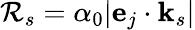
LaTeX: {\cal\mathcal{R}}_{s}=\alpha_{0}|\mathbf{{e}}_{j}\cdot\mathbf{{k}}_{s}|